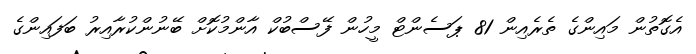
އެގޮތުން މައިންގެ ތެރެއިން 81 ޕަސެންޓް މީހުން ފޭސްބުކް އާންމުކޮށް ބޭނުންކުރާއިރު ބަފައިންގެ